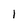
Character: I